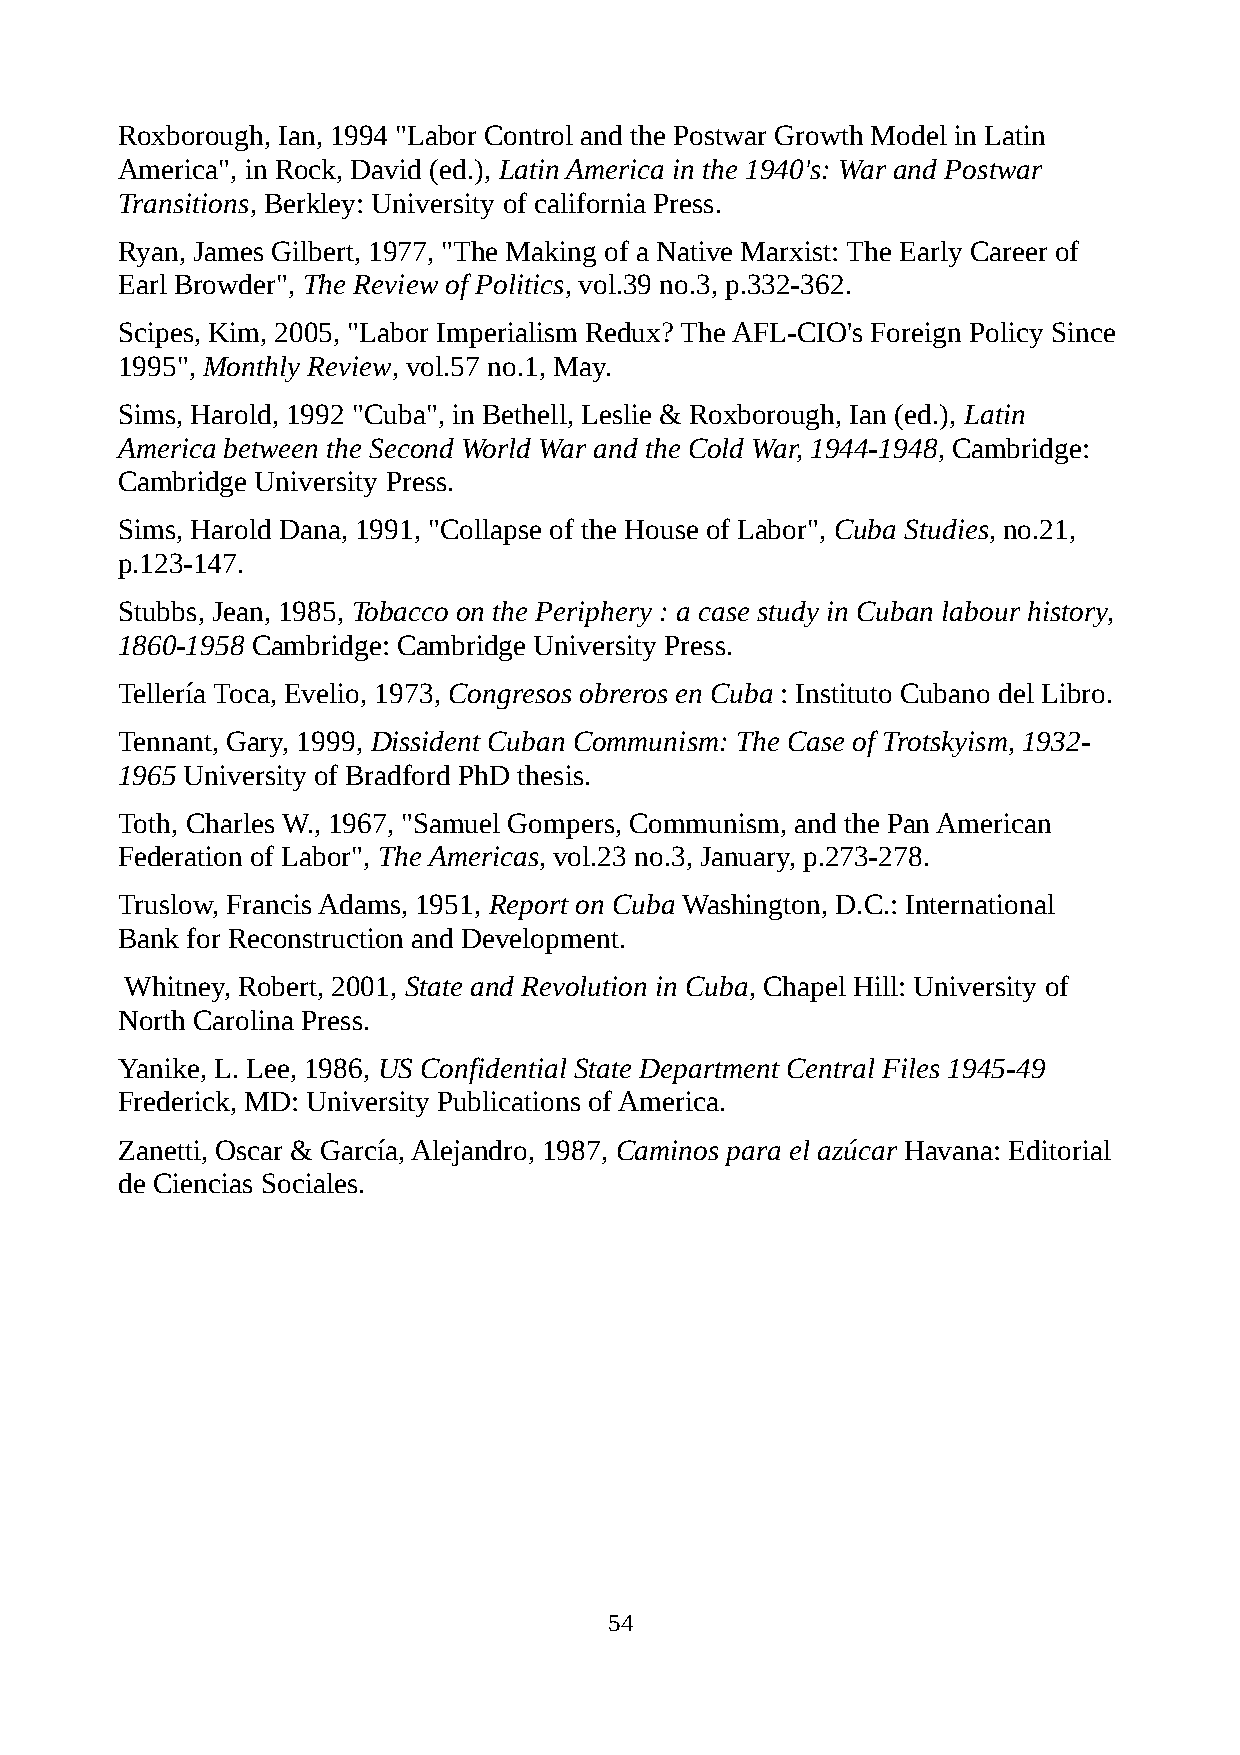
Roxborough, Ian, 1994 "Labor Control and the Postwar Growth Model in Latin
 America", in Rock, David (ed.), Latin America in the 1940's: War and Postwar
 Transitions, Berkley: University of california Press.
 Ryan, James Gilbert, 1977, "The Making of a Native Marxist: The Early Career of
 Earl Browder", The Review of Politics, vol.39 no.3, p.332-362.
 Scipes, Kim, 2005, "Labor Imperialism Redux? The AFL-CIO's Foreign Policy Since
 1995", Monthly Review, vol.57 no.1, May.
 Sims, Harold, 1992 "Cuba", in Bethell, Leslie & Roxborough, Ian (ed.), Latin
 America between the Second World War and the Cold War, 1944-1948, Cambridge:
 Cambridge University Press.
 Sims, Harold Dana, 1991, "Collapse of the House of Labor", Cuba Studies, no.21,
 p.123-147.
 Stubbs, Jean, 1985, Tobacco on the Periphery : a case study in Cuban labour history,
 1860-1958 Cambridge: Cambridge University Press.
 Tellería Toca, Evelio, 1973, Congresos obreros en Cuba : Instituto Cubano del Libro.
 Tennant, Gary, 1999, Dissident Cuban Communism: The Case of Trotskyism, 1932-
 1965 University of Bradford PhD thesis.
 Toth, Charles W., 1967, "Samuel Gompers, Communism, and the Pan American
 Federation of Labor", The Americas, vol.23 no.3, January, p.273-278.
 Truslow, Francis Adams, 1951, Report on Cuba Washington, D.C.: International
 Bank for Reconstruction and Development.
 Whitney, Robert, 2001, State and Revolution in Cuba, Chapel Hill: University of
 North Carolina Press.
 Yanike, L. Lee, 1986, US Confidential State Department Central Files 1945-49
 Frederick, MD: University Publications of America.
 Zanetti, Oscar & García, Alejandro, 1987, Caminos para el azúcar Havana: Editorial
 de Ciencias Sociales.
 54